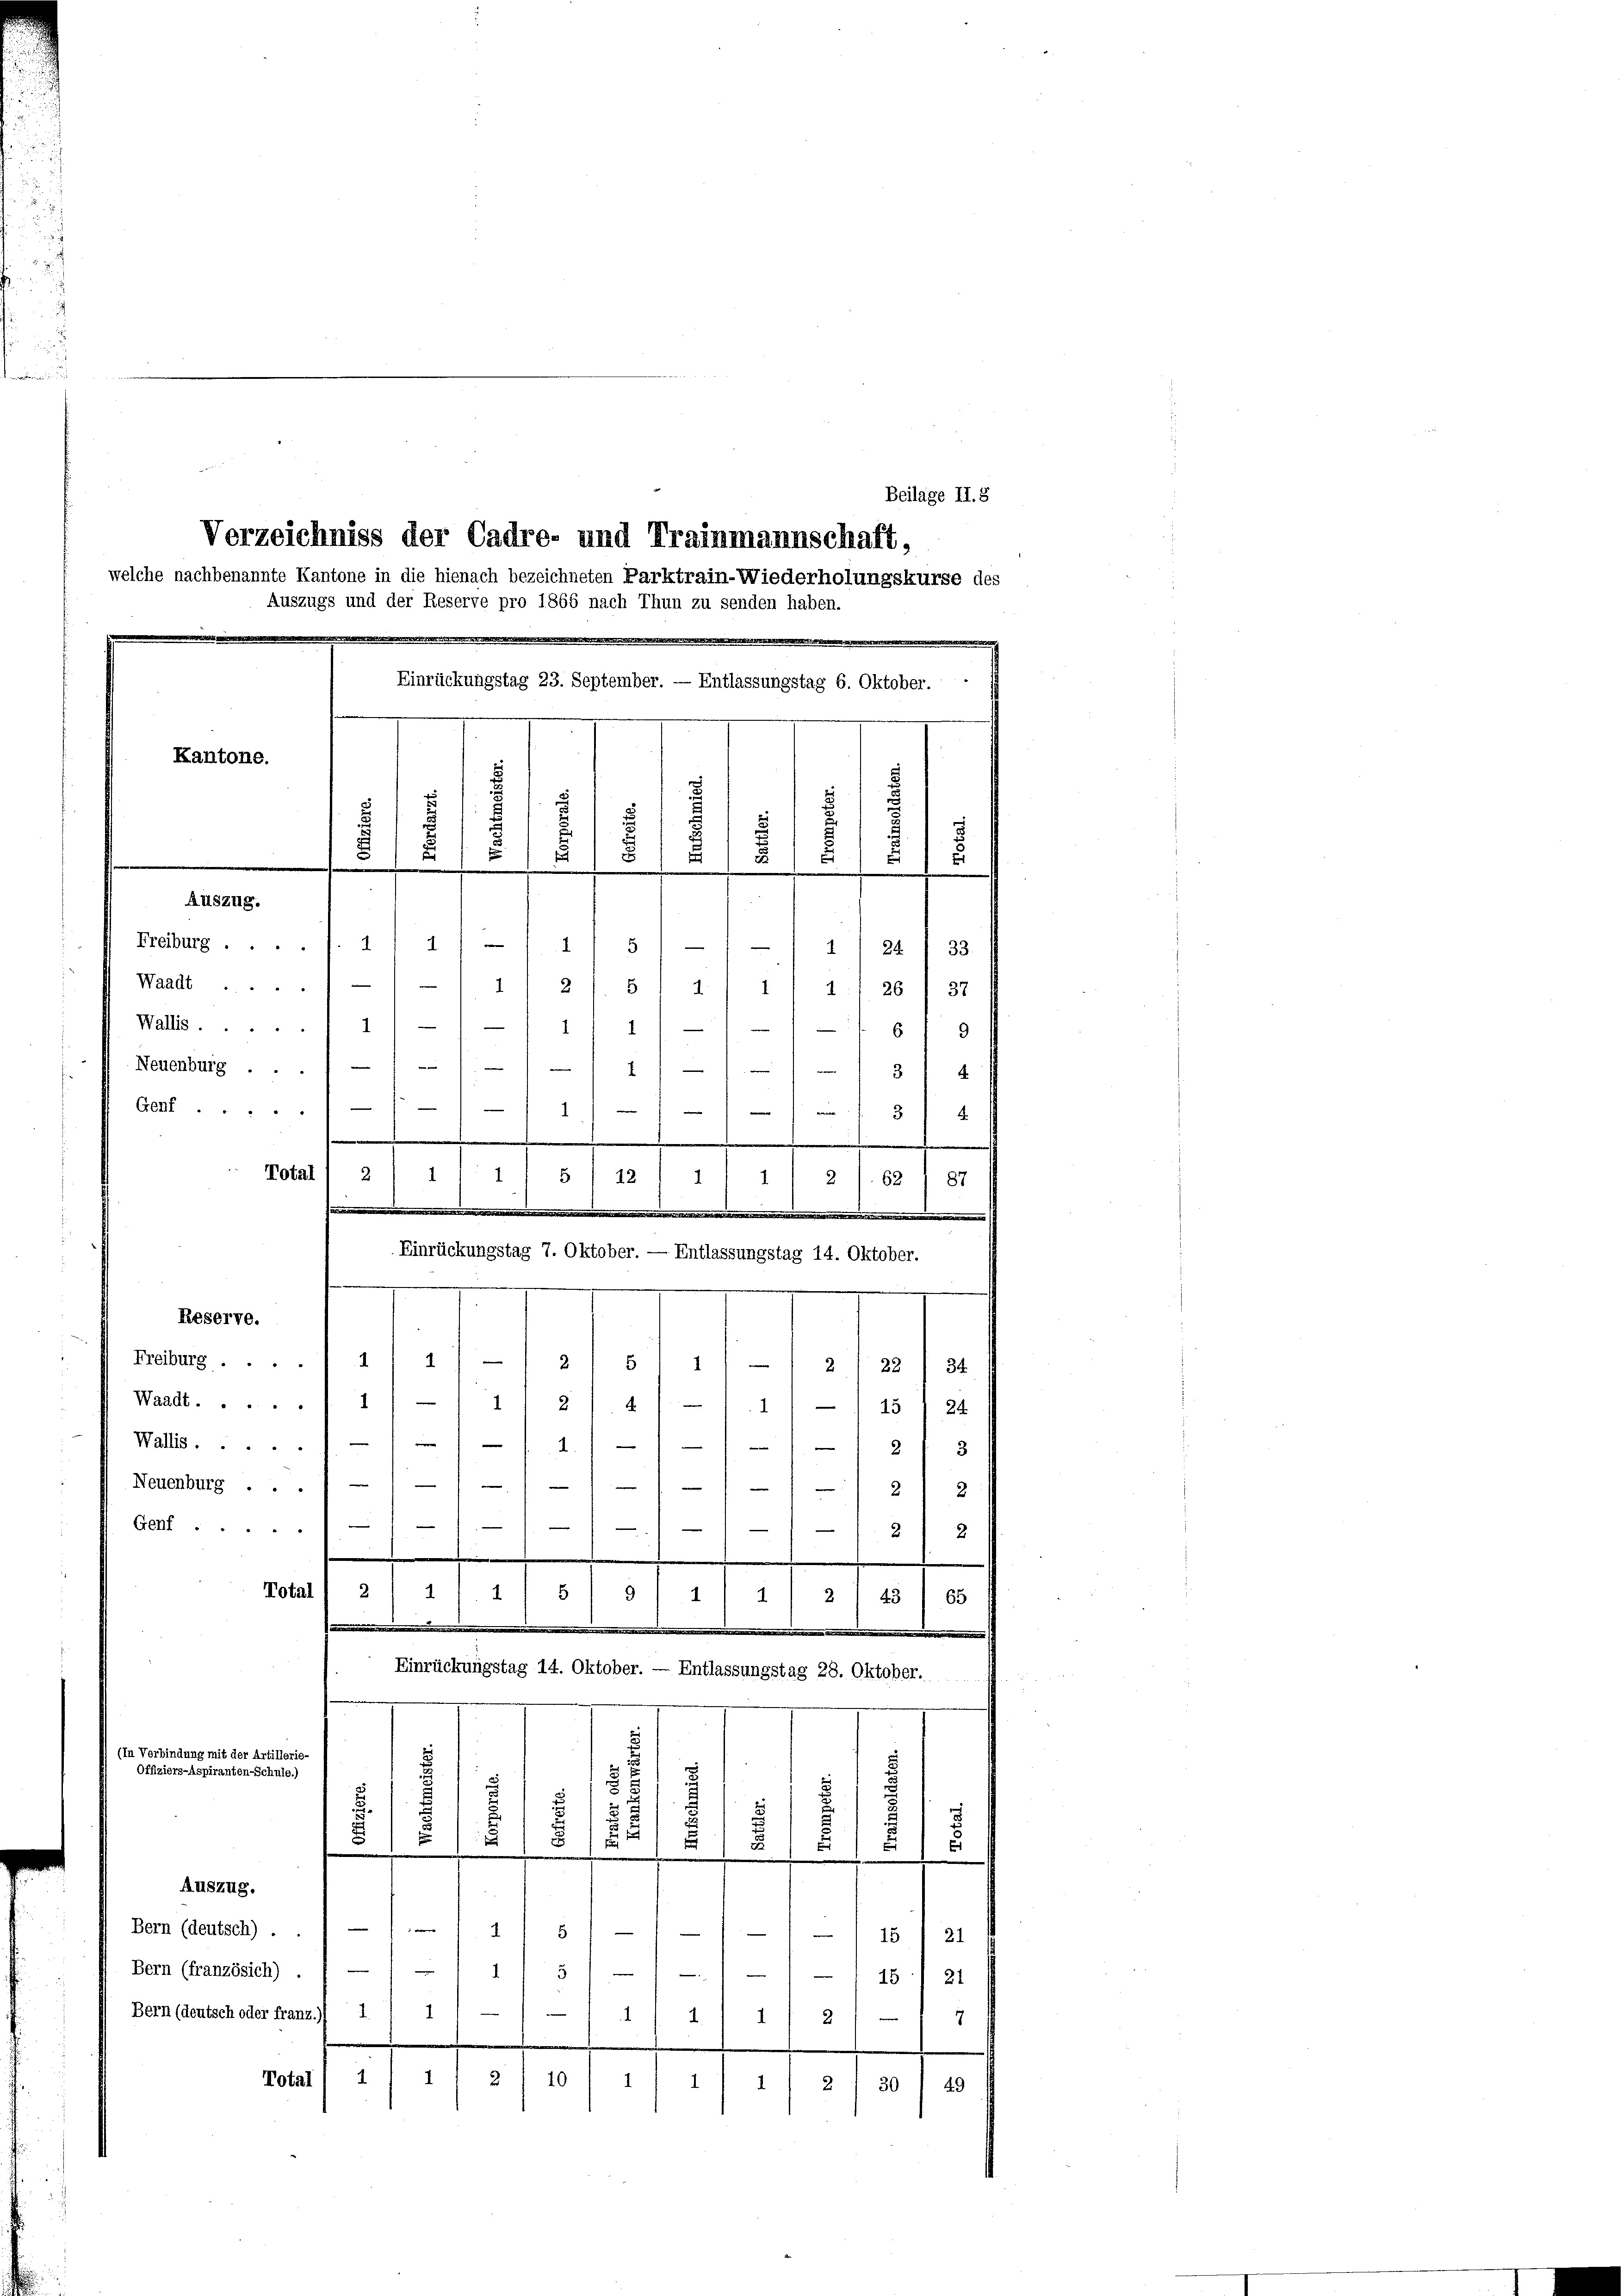
Freiburg . .
Waadt ....
Wallis.
Neuenburg ...
2131
Genf ....
1
3x
m
.
.
Totall 2 / i : 1) 5/ 12 1 11 11 2/. 62 / 87
g
Einrückungstag 7. Oktober. — Entlassungstag 14. Oktober.
.
Reserve.
 Meistung 4) 1) — 2) s 1 1/1 2/22 / 34
Waadt....
1 2/4/1 11 - 15 f 24
Walles .....
12.1
e
12 f 3
Neuenburg ... 1
12

Gef
—
32
Notal 1 2) 11 1
s
9
2
1
1
45 (65
.

Einrückungstag 14. Oktober. — Entlassungstag 28. Oktober.
.
(In Verbindung mit der Artillerie-
5
Offiziers-Aspiranten-Schule.)
1
3
5
s
.
u
u
.
t
Auszug.
Bern (deutsch) . . ) — // 11 5
1/ 13) 21
Bern (französich) . / —
. § 111 18. d. 21
1
Bern (deutsch oder franz.) 1.
1 1 2) — 1 7
.
1
Total 1 1/2
21 10
1
1
2 / 30  49
1

Kantone.
5
¬
.
u
.
u
.
.
8
1
8
2
.
n
Auszug.
411 51
2
11 24. / 33.
112 f. 5) A
11 11 26/ 37
111 116 f 9

Beilage II.8
Verzeichniss der Cadre- und Trainmannschaft,
welche nachbenannte Kantone in die hienach bezeichneten Parktrain-Wiederholungskurse des
Auszugs und der Reserve pro 1866 nach Thun zu senden haben.
Einrückungstag 23. September. — Entlassungstag 6. Oktober.